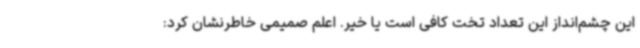
این چشم‌انداز این تعداد تخت کافی است یا خیر. اعلم صمیمی خاطرنشان کرد: